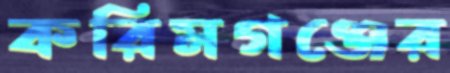
করিমগঞ্জের